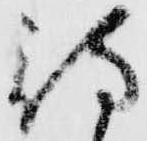
待